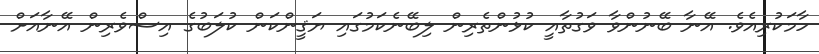
ހާމަކުރިއެވެ. އޭނާ ބޭނުންވާ ވަގުތާއީ ކުޅުންތެރިން ލިބޭނެކަމުގައި ޔަޤީންކަން ކުލަބުގެ އިސްވެރިން އޭނާއަށް